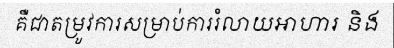
គឺជាតម្រូវការសម្រាប់ការរំលាយអាហារ និង